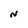
Character: N